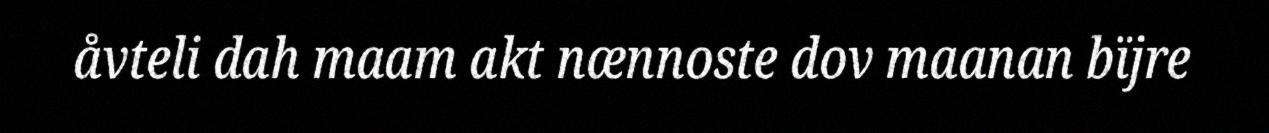
åvteli dah maam akt nænnoste dov maanan bïjre